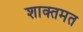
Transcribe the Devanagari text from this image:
शाक्तमत